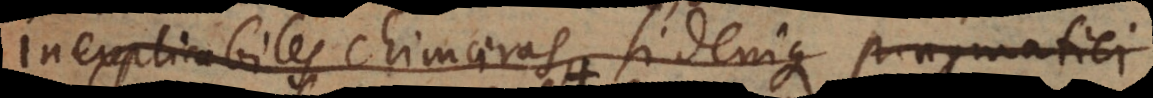
nexplicabiles chimaeras, si denique pragmatici